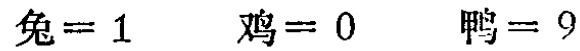
兔=1  鸡=0  鸭=9